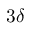
3 \delta